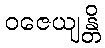
ဝဇေယျန္တိ